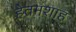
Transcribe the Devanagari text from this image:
हेतमशाह